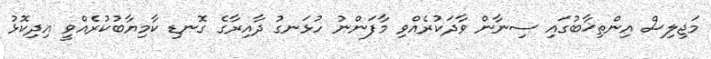
މަޖިލިސް އިންތިޚާބުގައި ސިނާން ވާދަކުރެއްވި މާފަންނު ހުޅަނގު ދާއިރާގެ ގޮނޑި ކާމިޔާބުކުރެއްވީ އިދިކޮޅު